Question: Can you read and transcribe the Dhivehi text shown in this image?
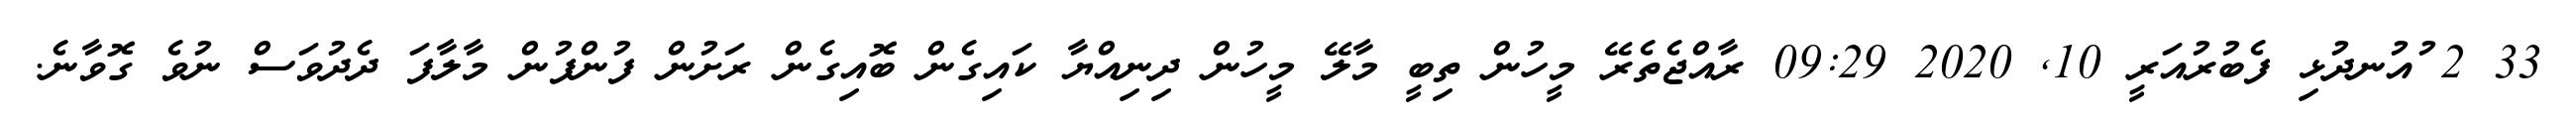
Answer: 33 2 ުއުނދުޅި ފެބުރުއަރީ 10, 2020 09:29 ރާއްޖެތެރޭ މީހުން ތިބީ މާލޭ މީހުން ދިނިއްޔާ ކައިގެން ބޮއިގެން ރަށުން ފުންފުން މާލާފަ ދެދުވަސް ނުވެ ގޮވާނެ.